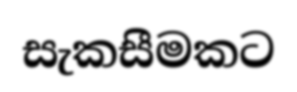
සැකසීමකට